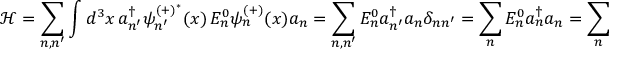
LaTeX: { \mathcal { H } } = \sum _ { n , n ^ { \prime } } \int d ^ { 3 } x \, a _ { n ^ { \prime } } ^ { \dagger } \psi _ { n ^ { \prime } } ^ { ( + ) ^ { * } } ( x ) \, E _ { n } ^ { 0 } \psi _ { n } ^ { ( + ) } ( x ) a _ { n } = \sum _ { n , n ^ { \prime } } E _ { n } ^ { 0 } a _ { n ^ { \prime } } ^ { \dagger } a _ { n } \delta _ { n n ^ { \prime } } = \sum _ { n } E _ { n } ^ { 0 } a _ { n } ^ { \dagger } a _ { n } = \sum _ { n } E _ { n } ^ { 0 } { \widehat { N } }